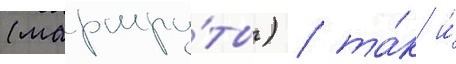
(маршру́ты) / та́к и́